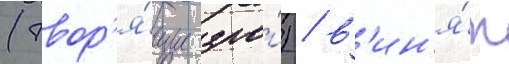
(твор'я́щие зло́) / в'ин'я́т